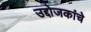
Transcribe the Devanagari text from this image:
उद्दोजकांचे